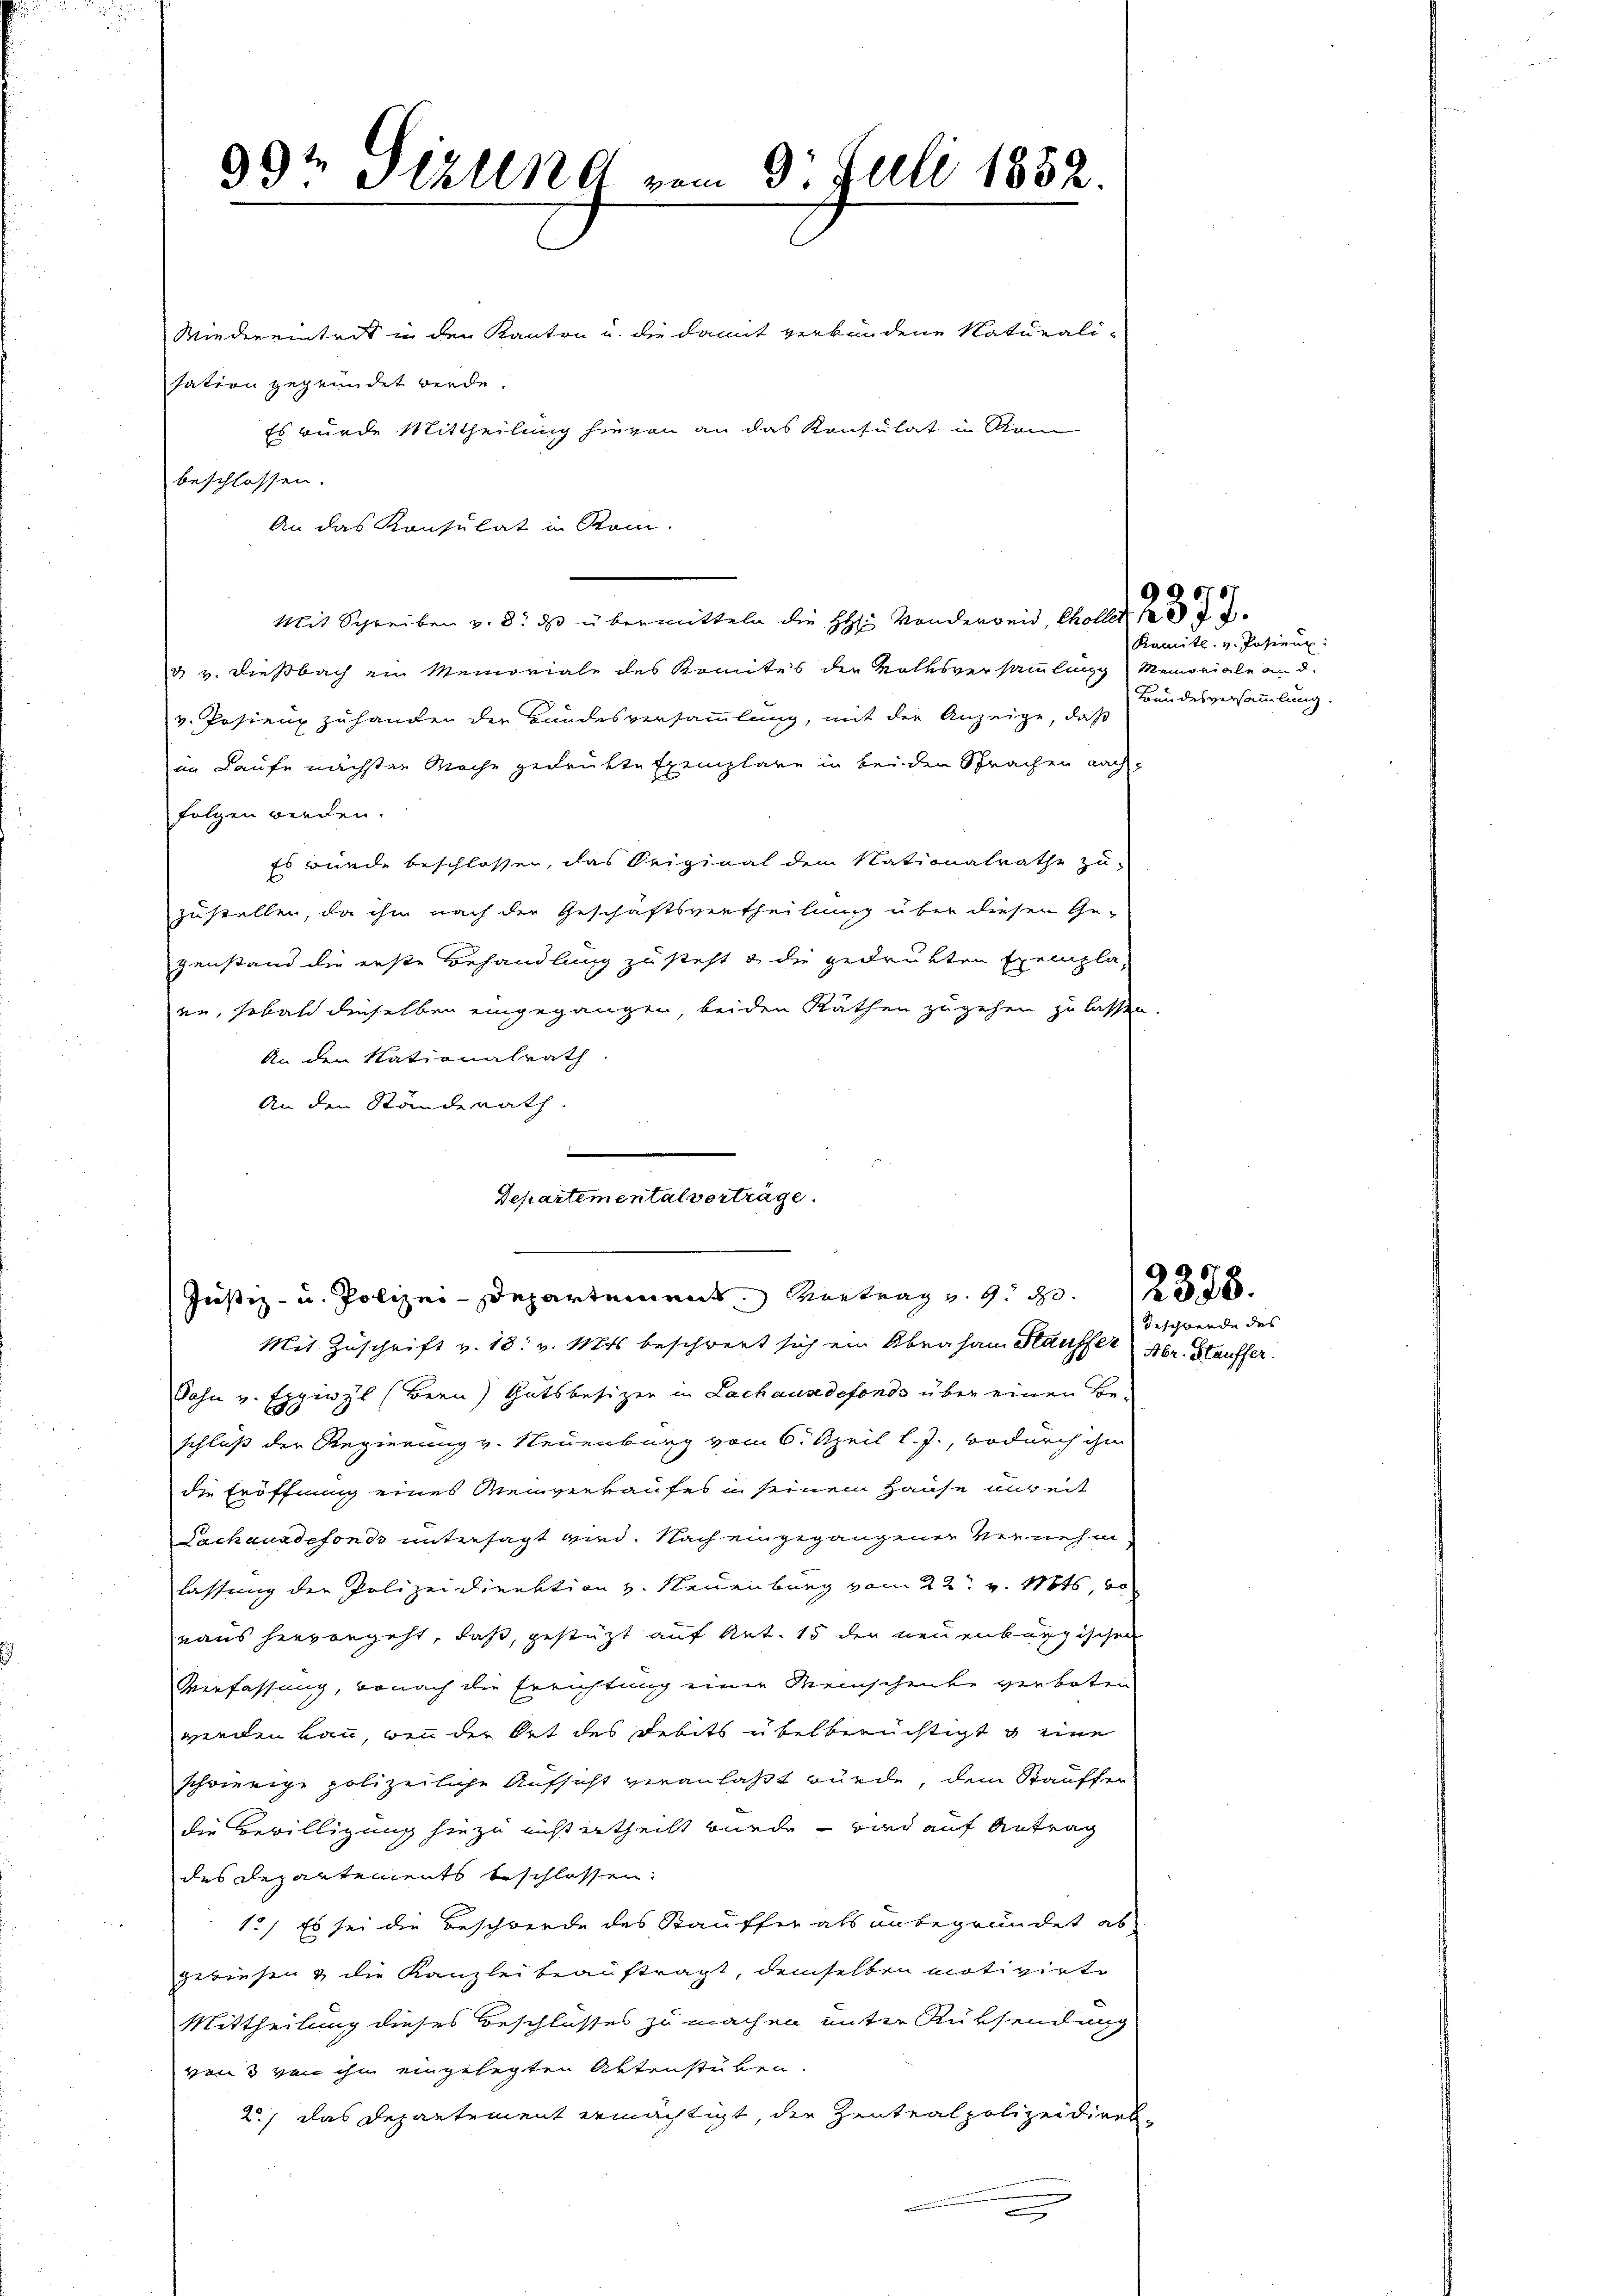
Wiedereintrit in den Kanton u. die damit verbundene Naturali-
sation gegründet werde.
Es wurde Mittheilung hievon an das Konsulat in Rom
beschlossen.
An das Konsulat in Romi-
Mit Schreiben v. 8. ds übermitteln die H. Vonderweid, Chollet 1874
d v. Dießbach ein Memoriale des Komites der Volksversammlung Memoriale an d.
v. Pasienz zuhanden der Bundesversammlung, mit der Anzeige, daß
im Laufe nächsten Mache gedrukte Exemplare in beiden Sprachen nach-
folgen werden.
Es wurde beschlossen, das Original dem Nationalrathe zu-
zustellen, da ihm nach der Geschäftsvertheilung über diesen Ge-
genstand die erste Behandlung zu steht & die gedrukten Exempla-
en, sobald dieselben eingegangen, beiden Rathen zugehen zu lassen.
An den Nationalrath.
An den Ständerath

d
93: Stzling vom 8. Juli 1852.

Departementalverträge.
Justiz- u. Polizei-Departement Vertrag u. 9 f 3
Mit Zuschrift v. 18. v. Mts beschwert sich ein Abraham Hausser Abr. Häuffer.

Jahn v. Eppiwyl (Bern) Gutsbesizer in Lachausdefonds über einen Beschluß der Regierung v. Neuenburg vom 6. April l. J., wodurch ihm
die Eröffnung eines Meinverkaufes in seinem Hause unheit
Sachauadefonde untersagt wird. Nach eingegangener Vernehm
lassung der Polizeidirektion v. Neuenburg vom 22. v. Mts. au
naus hervorgeht, daß, gestützt auf Ant. 15 der neuenburgischen
Verfassung, wonach die Errichtung einer Meinschenke verboten
wienen kan, wenn der Ort des Debits übel berüchtigt u eine
schwierige polizeiliche Aufsicht veranlaßt würde, dem Stauffer
die Bewilligung hiezu nicht ertheilt wurde, und auf Antrag
des Departements beschlossen:
1.) Es sei die Beschwerde des Stauffer als unbegründet ab
gewiesen & die Kanzlei beauftragt, demselben motivirte
Mittheilung dieses Beschlusses zu machen, unter Rüksendung
von 3 von ihn eingelegten Aktenstuben.
2.) Das Departement ermächtigt, die Zentralpolizeidirek-
a

990707

Kamitl. v. Pasien.
Bundesversammlung.

Beschwerde des